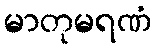
မာတုမရဏံ